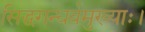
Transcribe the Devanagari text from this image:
सिद्धगन्धर्वमुख्याः।